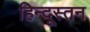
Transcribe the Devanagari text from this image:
हिन्दूस्तन